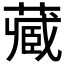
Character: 𫟖